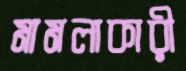
মামলাকারী